Annual returns of the Patna Lunatic Asylum at Bankipore in Bihar and Orissa - 1912-1924
Year: 1912
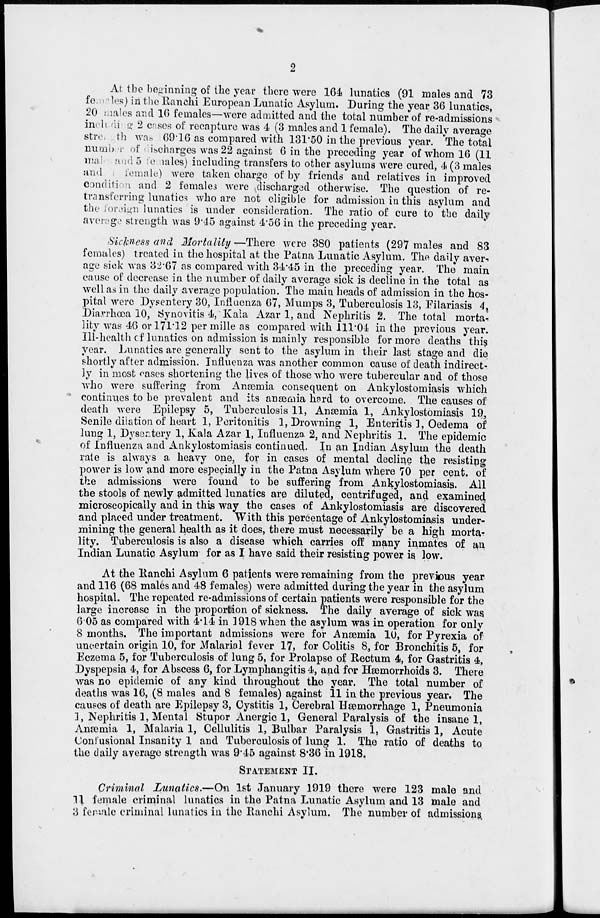
2
At the beginning of the year there were 164 lunatics (91 males and 73
females) in the Ranchi European Lunatic Asylum. During the year 36 lunatics,
20 males and 16 females—were admitted and the total number of re-admissions
including 2 cases of recapture was 4 (3 males and 1 female). The daily average
strength was 69.16 as compared with 131.50 in the previous year. The total
number of discharges was 22 against 6 in the preceding year of whom 16 (11
mal and 5 females) including transfers to other asylums were cured, 4 (3 males
and 1 female) were taken charge of by friends and relatives in improved
condition and 2 females were discharged otherwise. The question of re-
transferring lunatics who are not eligible for admission in this asylum and
the foreign lunatics is under consideration. The ratio of cure to the daily
average strength was 9.45 against 4.56 in the preceding year.
Sickness and Mortality —There were 380 patients (297 males and 83
females) treated in the hospital at the Patna Lunatic Asylum. The daily aver-
age sick was 32.67 as compared with 34.45 in the preceding year. The main
cause of decrease in the number of daily average sick is decline in the total as
well as in the daily average population. The main heads of admission in the hos-
pital were Dysentery 30, Influenza 67, Mumps 3, Tuberculosis 13, Filariasis 4
Diarrhœa 10, Synovitis 4, Kala Azar 1, and Nephritis 2. The total morta¬
lity was 46 or 171.12 per mille as compared with 111.04 in the previous year.
Ill-health of lunatics on admission is mainly responsible for more deaths this
year. Lunatics are generally sent to the asylum in their last stage and die
shortly after admission. Influenza was another common cause of death indirect-
ly in most cases shortening the lives of those who were tubercular and of those
who were suffering from Anæmia consequent on Ankylostomiasis which
continues to be prevalent and its anæmia hard to overcome. The causes of
death were Epilepsy 5, Tuberculosis 11, Anæmia 1, Ankylostomiasis 19,
Senile dilation of heart 1, Peritonitis 1, Drowning 1, Enteritis 1, Oedema of
lung 1, Dysentery 1, Kala Azar 1, Influenza 2, and Nephritis 1. The epidemic
of Influenza and Ankylostomiasis continued. In an Indian Asylum the death
rate is always a heavy one, for in cases of mental decline the resisting
power is low and more especially in the Patna Asylum where 70 per cent, of
the admissions were found to be suffering from Ankylostomiasis. All
the stools of newly admitted lunatics are diluted, centrifuged, and examined
microscopically and in this way the cases of Ankylostomiasis are discovered
and placed under treatment. With this percentage of Ankylostomiasis under-
mining the general health as it does, there must necessarily be a high morta-
lity. Tuberculosis is also a disease which carries off many inmates of an
Indian Lunatic Asylum for as I have said their resisting power is low.
At the Ranchi Asylum 6 patients were remaining from the previous year
and 116 (68 males and 48 females) were admitted during the year in the asylum
hospital. The repeated re-admissions of certain patients were responsible for the
large increase in the proportion of sickness. The daily average of sick was
6.05 as compared with 4.14 in 1918 when the asylum was in operation for only
8 months. The important admissions were for Anæmia 10, for Pyrexia of
uncertain origin 10, for Malarial fever 17, for Colitis 8, for Bronchitis 5, for
Eczema 5, for Tuberculosis of lung 5, for Prolapse of Rectum 4, for Gastritis 4,
Dyspepsia 4, for Abscess 6, for Lymphangitis 4, and for Hæmorrhoids 3. There
was no epidemic of any kind throughout the year. The total number of
deaths was 16, (8 males and 8 females) against 11 in the previous year. The
causes of death are Epilepsy 3, Cystitis 1, Cerebral Hæmorrhage 1, Pneumonia
1, Nephritis 1, Mental Stupor Anergic 1, General Paralysis of the insane 1,
Anæmia 1, Malaria 1, Cellulitis 1, Bulbar Paralysis 1, Gastritis 1, Acute
Confusional Insanity 1 and Tuberculosis of lung 1. The ratio of deaths to
the daily average strength was 9.45 against 8.36 in 1918.
STATEMENT II.
Criminal Lunatics.—On 1st January 1919 there were 123 male and
11 female criminal lunatics in the Patna Lunatic Asylum and 13 male and
3 female criminal lunatics in the Ranchi Asylum. The number of admissions